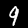
Label: 9